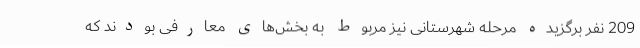
209 نفر برگزیده مرحله شهرستانی نیز مربوط به بخش‌های معارفی بودند که